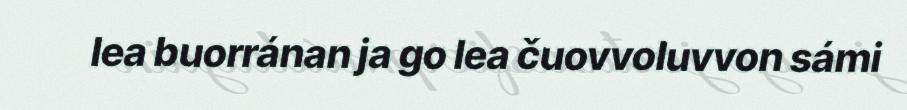
lea buorránan ja go lea čuovvoluvvon sámi